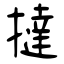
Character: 撻